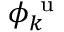
\phi _ { k } ^ { \mathrm { ~ u ~ } }